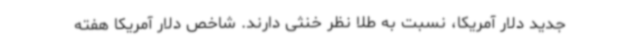
جدید دلار آمریکا، نسبت به طلا نظر خنثی دارند. شاخص دلار آمریکا هفته